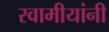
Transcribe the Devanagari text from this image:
स्वामीयांनी